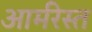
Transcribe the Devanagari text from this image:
आर्मरेस्त